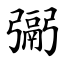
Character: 䰜